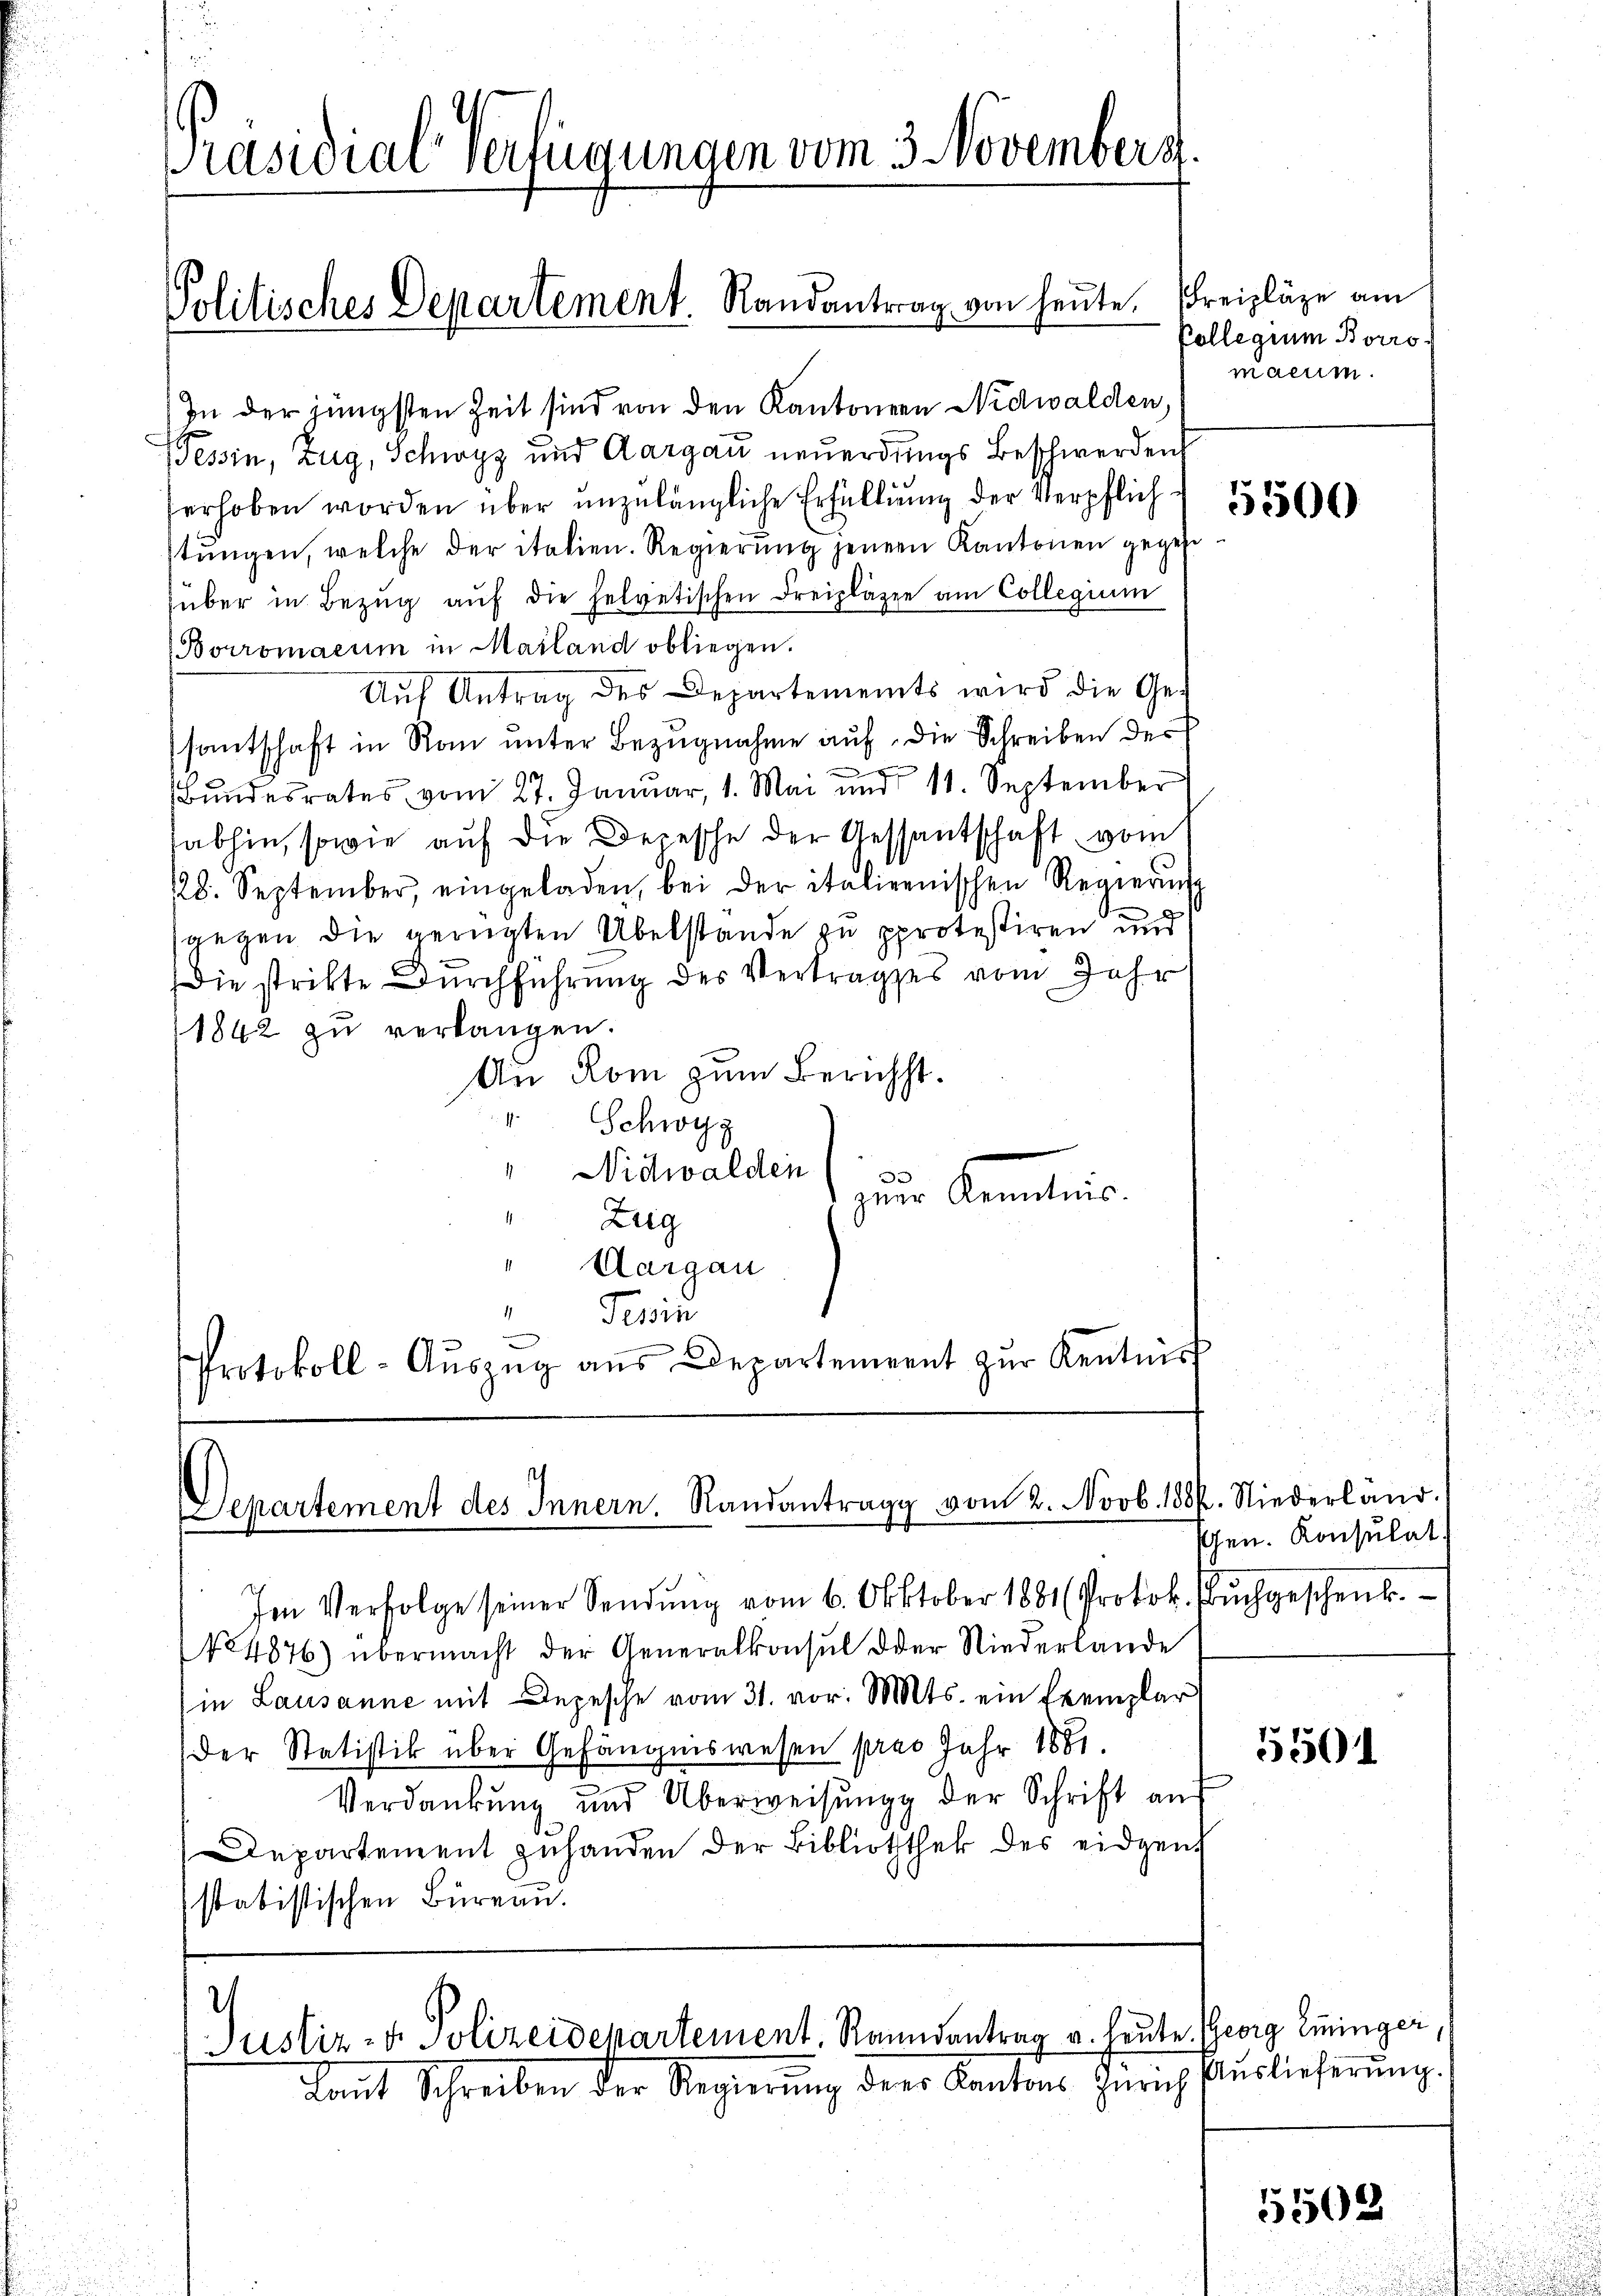
Präsidial-Verfügungen vom 3. Novembers

In der jüngsten Zeit sind von den Kantonen Nidwalden,
Tessin, Zug, Schwyz und Aargau neuerdings Beschwerden
erhoben worden über unzulängliche Erfüllung der Verpflich 1856
stŭngen, welche der italien. Regierŭng jener Kantonen gegebe
über in Bezŭg aŭf die helvetischen Freiplägen am Collegium
Borromacum in Mailand obliegen.
Aŭf Antrag des Departements wird die Ge-
santschaft in Rau unter Bezugnahme auf die Schreiben der

Bundesrates vom 27. Januar, 1. Mai und 11. September
sabhin, sowie auf die Depesche der Aessantschaft vom
28. September, eingeladen, bei der italienischen Regierŭng
gegen die gerügten Übelstande zu pprotestiren und
Die strikte Durchführung des Vertrages vom Jahr
1842 zŭ verlangen.
An Rom zum Bericht.
" Schwyz
Nidwalden
d
ger Anmeleis
"Zug
1
Aargau
i
Terin
Protokoll-Aŭszŭg aŭs Departement zŭr Kentniss

Politisches Departement. Randantrag von heute. Freizläge am

epartement des Innern. Randantrag vom 2. Novb. 1887. Niederland.

Im Verfolge seiner Sendung vom 6. Oktober 1881 (Protok. Bŭchgeschenk.
(124876) übermacht der Generalkonsul oder Niederlande
in Lausanne mit Depesche vom 31. vor. Mts. ein Exemplar
Der Statistik über Gefängniswesen pro Jahr 1881.
Verdankŭng und Überweisŭng der Schrift an
Departement zuhanden der Bibliothek des eidgen
statistischen Büreau.

)
Justiz- & Polizeidepartement. Ranndantrag u. heute. Georg Eninger

Laut Schreiben der Regierŭng der Kantons Zürich Auslieferŭng.

Pollegium Borro
maem.

Gen. Konsulat,

5501

5502